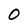
Character: 0